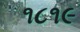
૧૮૧૯